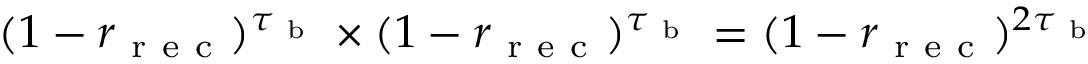
( 1 - r _ { \mathrm { ~ r ~ e ~ c ~ } } ) ^ { \tau _ { \mathrm { ~ b ~ } } } \times ( 1 - r _ { \mathrm { ~ r ~ e ~ c ~ } } ) ^ { \tau _ { \mathrm { ~ b ~ } } } = ( 1 - r _ { \mathrm { ~ r ~ e ~ c ~ } } ) ^ { 2 \tau _ { \mathrm { ~ b ~ } } }